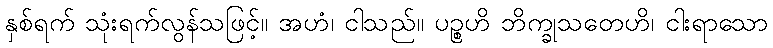
နှစ်ရက် သုံးရက်လွန်သဖြင့်။ အဟံ၊ ငါသည်။ ပဉ္စဟိ ဘိက္ခုသတေဟိ၊ ငါးရာသော